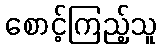
စောင့်ကြည့်သူ